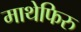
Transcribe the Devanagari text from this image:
माथेफिरु